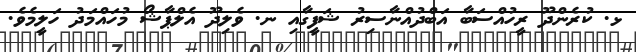
ޅ. ކުރެންދޫ ރީހުއްސަބާ އަބްދުއްނާސިރު ޝަފީގާއި ނ. ވެލިދޫ އެލްޕާޝޯ މުހައްމަދު ހަލީމެވެ.